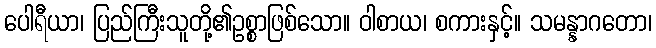
ပေါရီယာ၊ ပြည်ကြီးသူတို့၏ဥစ္စာဖြစ်သော။ ဝါစာယ၊ စကားနှင့်။ သမန္နာဂတော၊